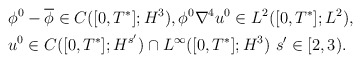
\begin{align*}&\phi^0-\overline{\phi} \in C([0,T^*];H^{3}),\phi^0 \nabla^4 u^0 \in L^2([0,T^*];L^2), \\& u^0\in C([0,T^*];H^{s'})\cap L^\infty([0,T^*];H^3) \ s' \in [2,3).\end{align*}